system: You are a helpful assistant.
user:
Analyze the provided spectrum to determine if it is a **"Cataclysmic Variables (CV)"**.

- **Key Indicators for CV (Check for either state):**
    - **State 1: Quiescent / Low-State (Emission-Dominated)**
        - **(Primary):** Strong and *very broad* Hydrogen Balmer emission lines (e.g., $H\alpha$ at 6563 Å, $H\beta$ at 4861 Å). The 'broadness' (high velocity dispersion, often FWHM > 1000 km/s) is the key diagnostic, indicating a high-velocity accretion disk.
        - **(Secondary):** Broad neutral Helium (He I) emission lines (e.g., 5876 Å, 6678 Å).
        - **(Key Confirmation):** Presence of high-excitation *ionized* Helium (He II) emission at 4686 Å. This is a strong indicator of accretion onto a white dwarf.
        - **(Line Profile):** Emission lines may exhibit a 'double-peaked' profile, which is a classic signature of a rotating accretion disk viewed at high inclination.

    - **State 2: Outburst / High-State (Absorption-Dominated)**
        - **(Primary):** Spectrum is dominated by a bright, blue continuum (looks like a hot star).
        - **(Secondary):** The emission lines from State 1 are weak, absent, or 'filled in', and are replaced by broad, shallow *absorption* lines (primarily Balmer and He I).
        - **(Morphology):** The overall spectrum mimics a hot B/A-type star. The crucial difference is that the absorption lines are significantly broader, shallower, and more 'washed-out' (or 'smeared') than the sharp lines of a normal stellar photosphere, due to high rotational speeds and pressure broadening in the disk.

Think first, call **spectral_visualization_tool** if needed to examine features in detail, then provide your final answer. Your response must adhere to the following strict rules:
1.  **Overall Structure:** Your response must follow the format `<think>...</think> <tool_call>...</tool_call> (if a tool is used) <answer>...</answer>`.
2.  **Tool Usage Constraint:** You may only make **one** tool call per turn.
3.  **Final Answer Format:** In the `<answer>` tag, your conclusion must be inside a `\boxed{}` command (e.g., `\boxed{YES}`), followed by your justification.

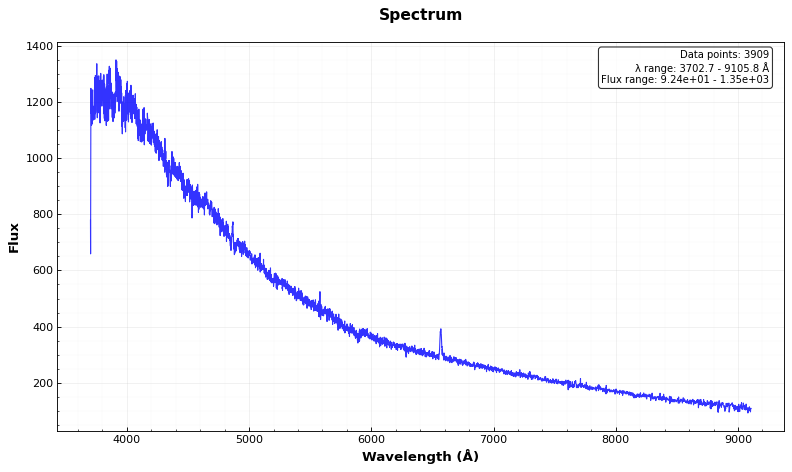
Answer: YES